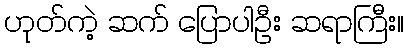
ဟုတ်ကဲ့ ဆက် ပြောပါဦး ဆရာကြီး။